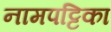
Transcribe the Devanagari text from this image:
नामपट्टिका